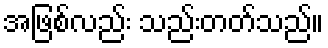
အဖြစ်လည်း သည်းတတ်သည်။